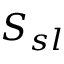
S _ { s l }